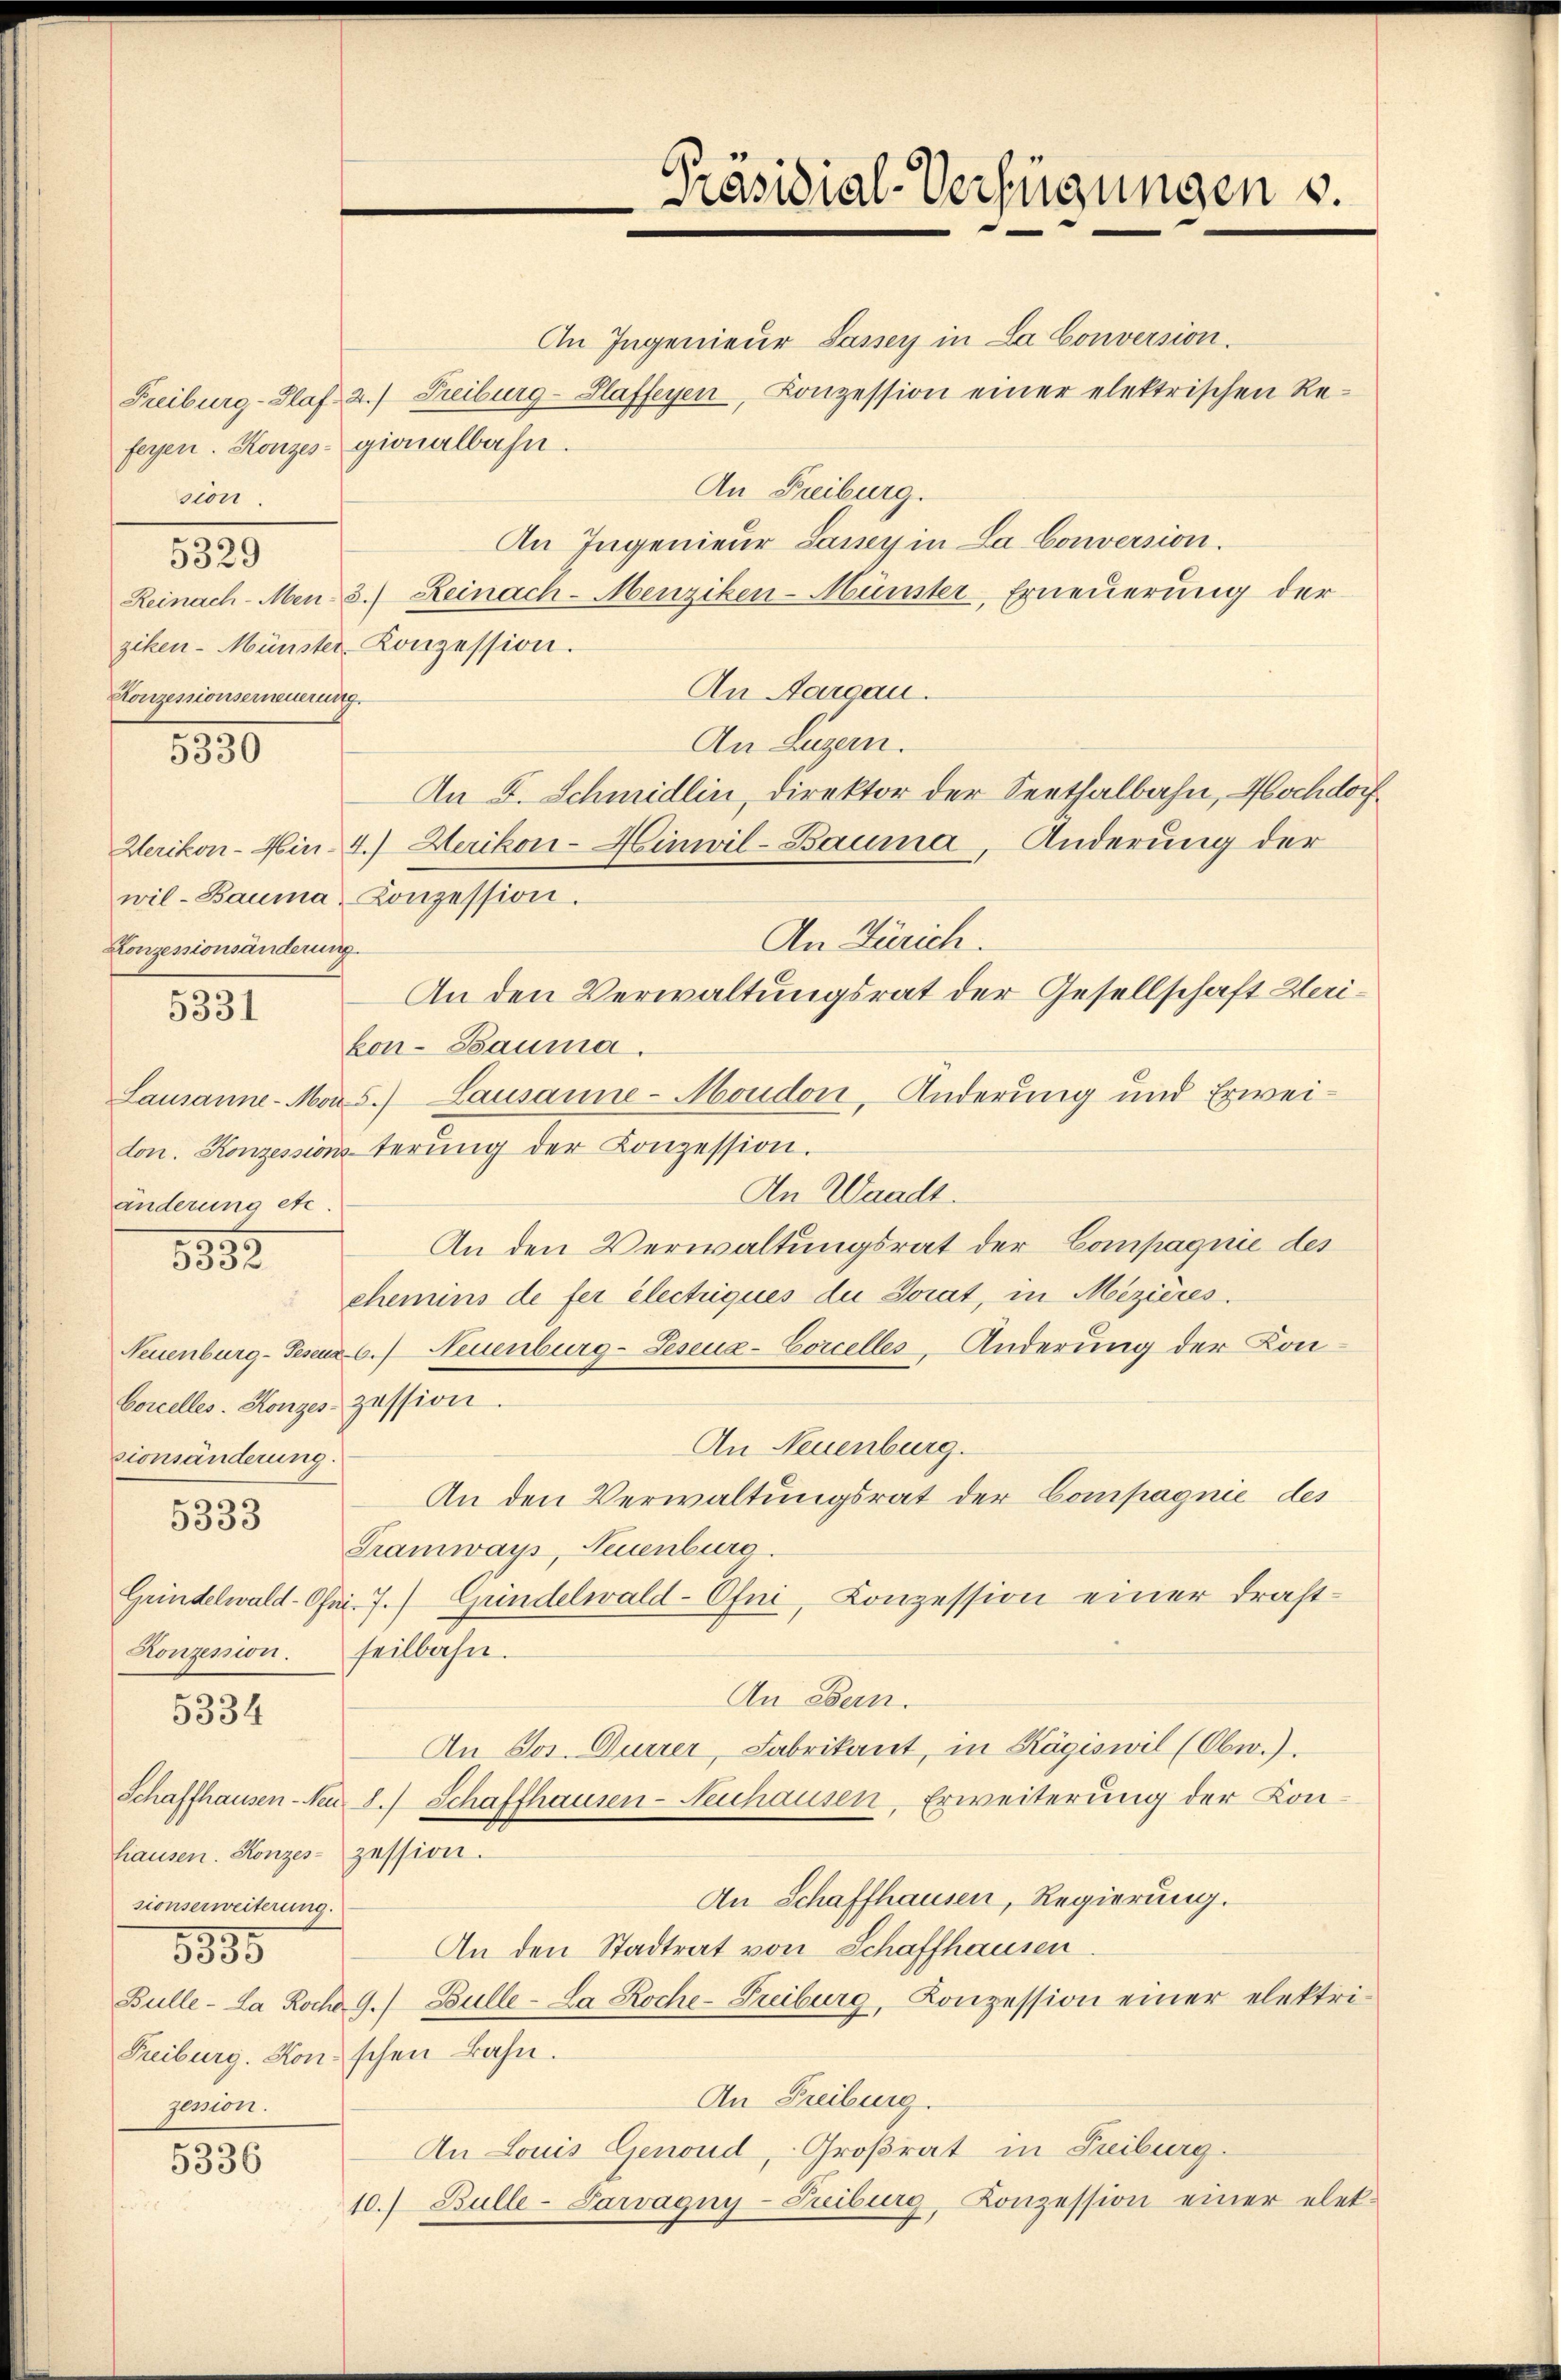
sion.
Konzessionserneuerung.

Konzessionsänderung.

An Ingenieur Lasser in La Conversion.
Freiburg-Glaf 2.) Treiburg-Slaffeyen, Konzession einer elektrischen Refeyen. Konzes gionalbahn.
An Freiburg.
An Ingenieur Laney in La Conversion.
Reinach-Men 3. Reinach-Menziken-Münster-Erneŭerŭng der
ziken-Münster-Konzession.
An Aargau.
An Luzern.
An F. Schmidlin, Direktor der Seethalbahn, Hochdorf
Werikon-Hin.- 4.) Herikon-Hinwil-Bauma, Änderung der
wil-Bauma Conzession.
An Zürich.
An den Verwaltungsrat der Gesellschaft Werikon-Bauma.
Lausanne-Mons.) Lausanne-Moudon, Änderung und Erweiton. Konzessionsterŭng der Konzession.
An Waadt.
An den Verwaltungsrat der Compagnie des
chemins de fer electriques die Sorat, in Mezières.
Neuenburg-Teseuz 6. Neuenburg-Leseua-Corcelles-Änderung der Kon¬
Concelles. Konzes zession.
An Neuenburg.
sionsänderung.
An den Verwaltungsrat der Compagnie des
5333
Tramways, Neuenburg.
Grindelwald-Ofni. J. Grindelwald-Ofni, Conzession einer drast¬
Konzession. Feilbahn.
An Bern.
5334
An Jos. Durrer, Fabrikant, in Kägiswil (Obw.).
Schaffhausen-Nen 8.) Schaffhausen-Neuhausen, Erweiterŭng der Kon-
hiausen. Konzes zession.
An Schaffhausen, Regierung.
sionserweiterung.
n
An den Stadtrat von Schaffhausen.
5555
Bulle-La Rocho 9./ Bulle-La Roche-Freiburg, Konzession einer elektri-
Treiburg. Konschen Bahn.
An Freiburg.
gemon.
An Louis Genoud, Großrat in Treiburg.
5336
10.) Bulle-Parvagny-Treiburg, Konzession einer elet-

8829

1390

5331

änderung etc.

532.

Präsidial-Verfügungen u.